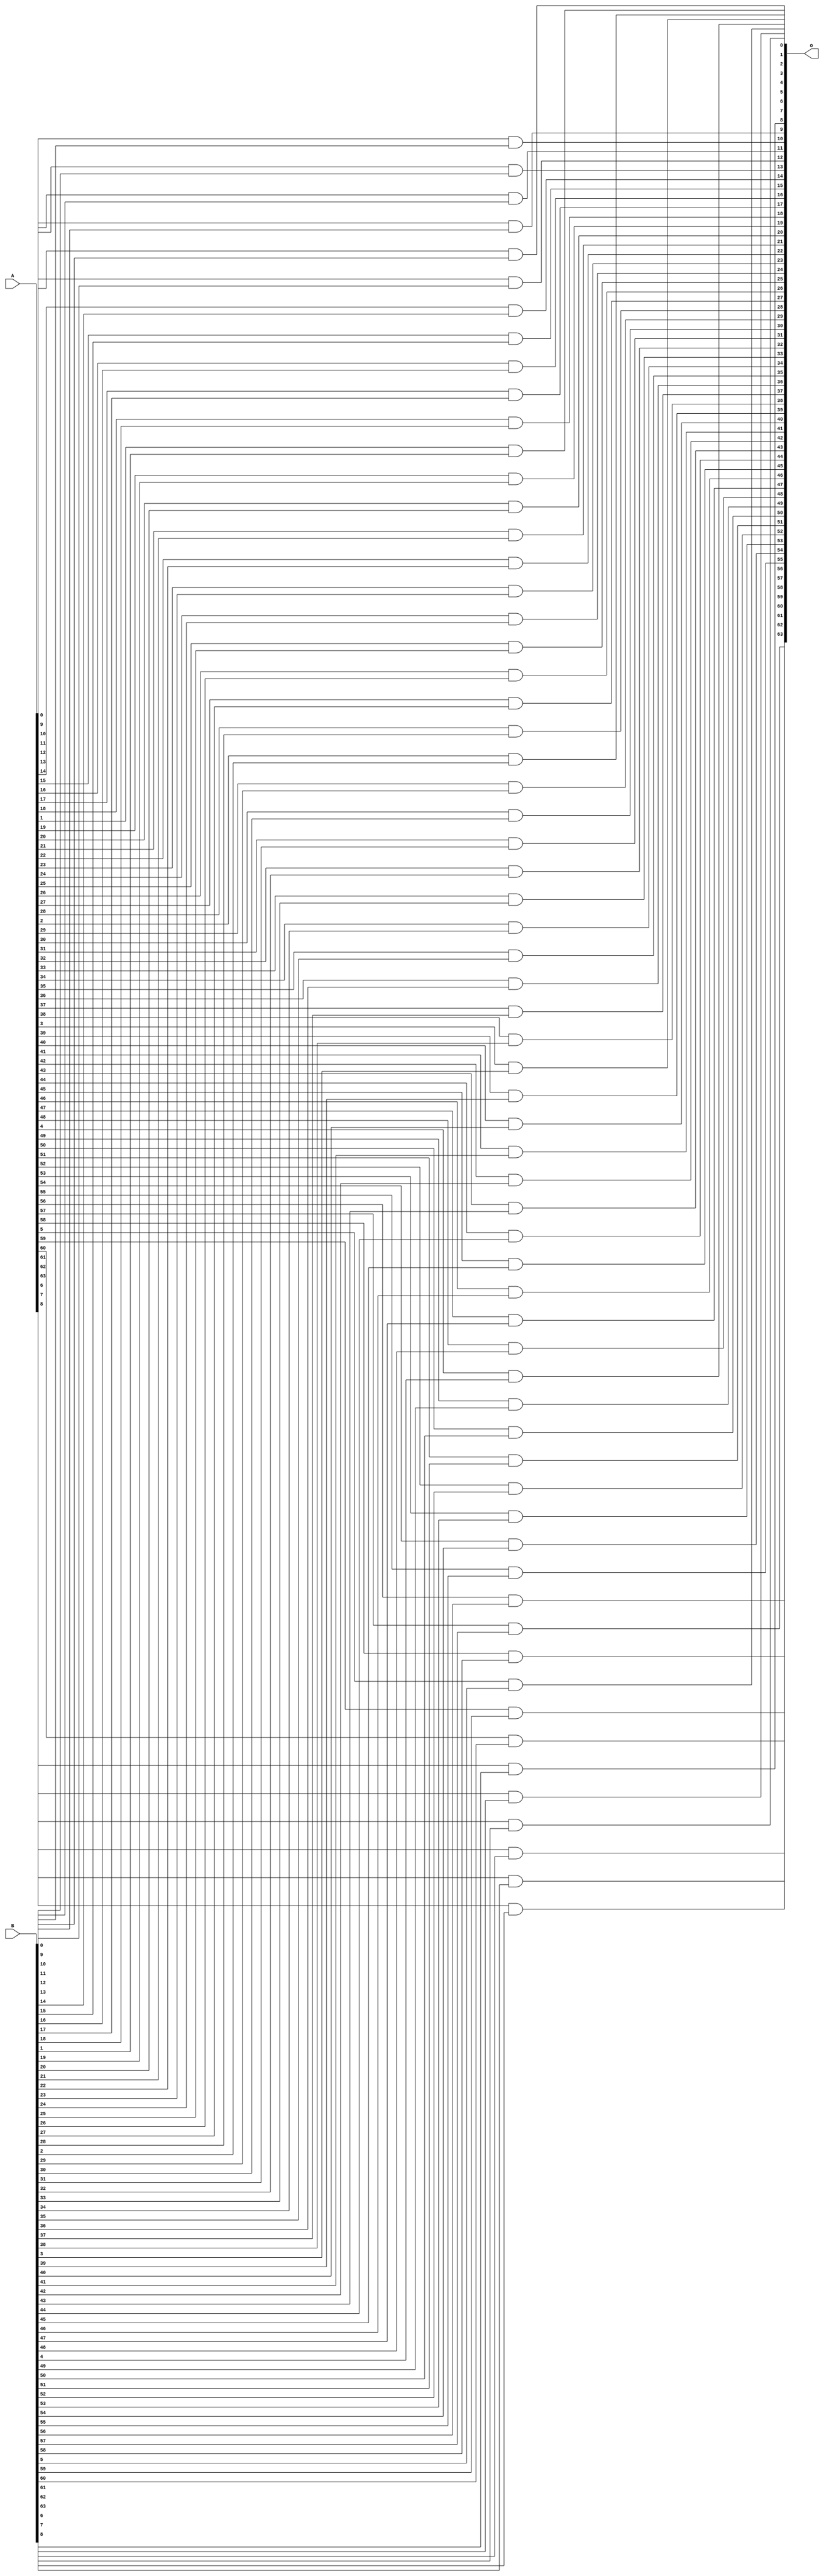
module andCircut(A, B, O);

	input [63:0] A;
	input [63:0] B;
	output [63:0] O;

	genvar i;
	generate
	for(i = 0; i < 64; i = i+1)
	begin: loop_1
		and #2 a(O[i], A[i], B[i]);
	end
	endgenerate



endmodule